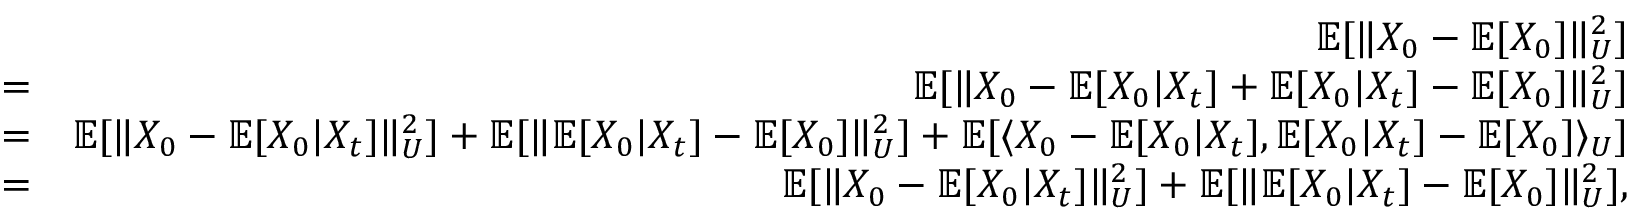
\begin{array} { r l r } & { } & { \mathbb { E } [ \| X _ { 0 } - \mathbb { E } [ X _ { 0 } ] \| _ { U } ^ { 2 } ] } \\ & { = } & { \mathbb { E } [ \| X _ { 0 } - \mathbb { E } [ X _ { 0 } | X _ { t } ] + \mathbb { E } [ X _ { 0 } | X _ { t } ] - \mathbb { E } [ X _ { 0 } ] \| _ { U } ^ { 2 } ] } \\ & { = } & { \mathbb { E } [ \| X _ { 0 } - \mathbb { E } [ X _ { 0 } | X _ { t } ] \| _ { U } ^ { 2 } ] + \mathbb { E } [ \| \mathbb { E } [ X _ { 0 } | X _ { t } ] - \mathbb { E } [ X _ { 0 } ] \| _ { U } ^ { 2 } ] + \mathbb { E } [ \langle X _ { 0 } - \mathbb { E } [ X _ { 0 } | X _ { t } ] , \mathbb { E } [ X _ { 0 } | X _ { t } ] - \mathbb { E } [ X _ { 0 } ] \rangle _ { U } ] } \\ & { = } & { \mathbb { E } [ \| X _ { 0 } - \mathbb { E } [ X _ { 0 } | X _ { t } ] \| _ { U } ^ { 2 } ] + \mathbb { E } [ \| \mathbb { E } [ X _ { 0 } | X _ { t } ] - \mathbb { E } [ X _ { 0 } ] \| _ { U } ^ { 2 } ] , } \end{array}